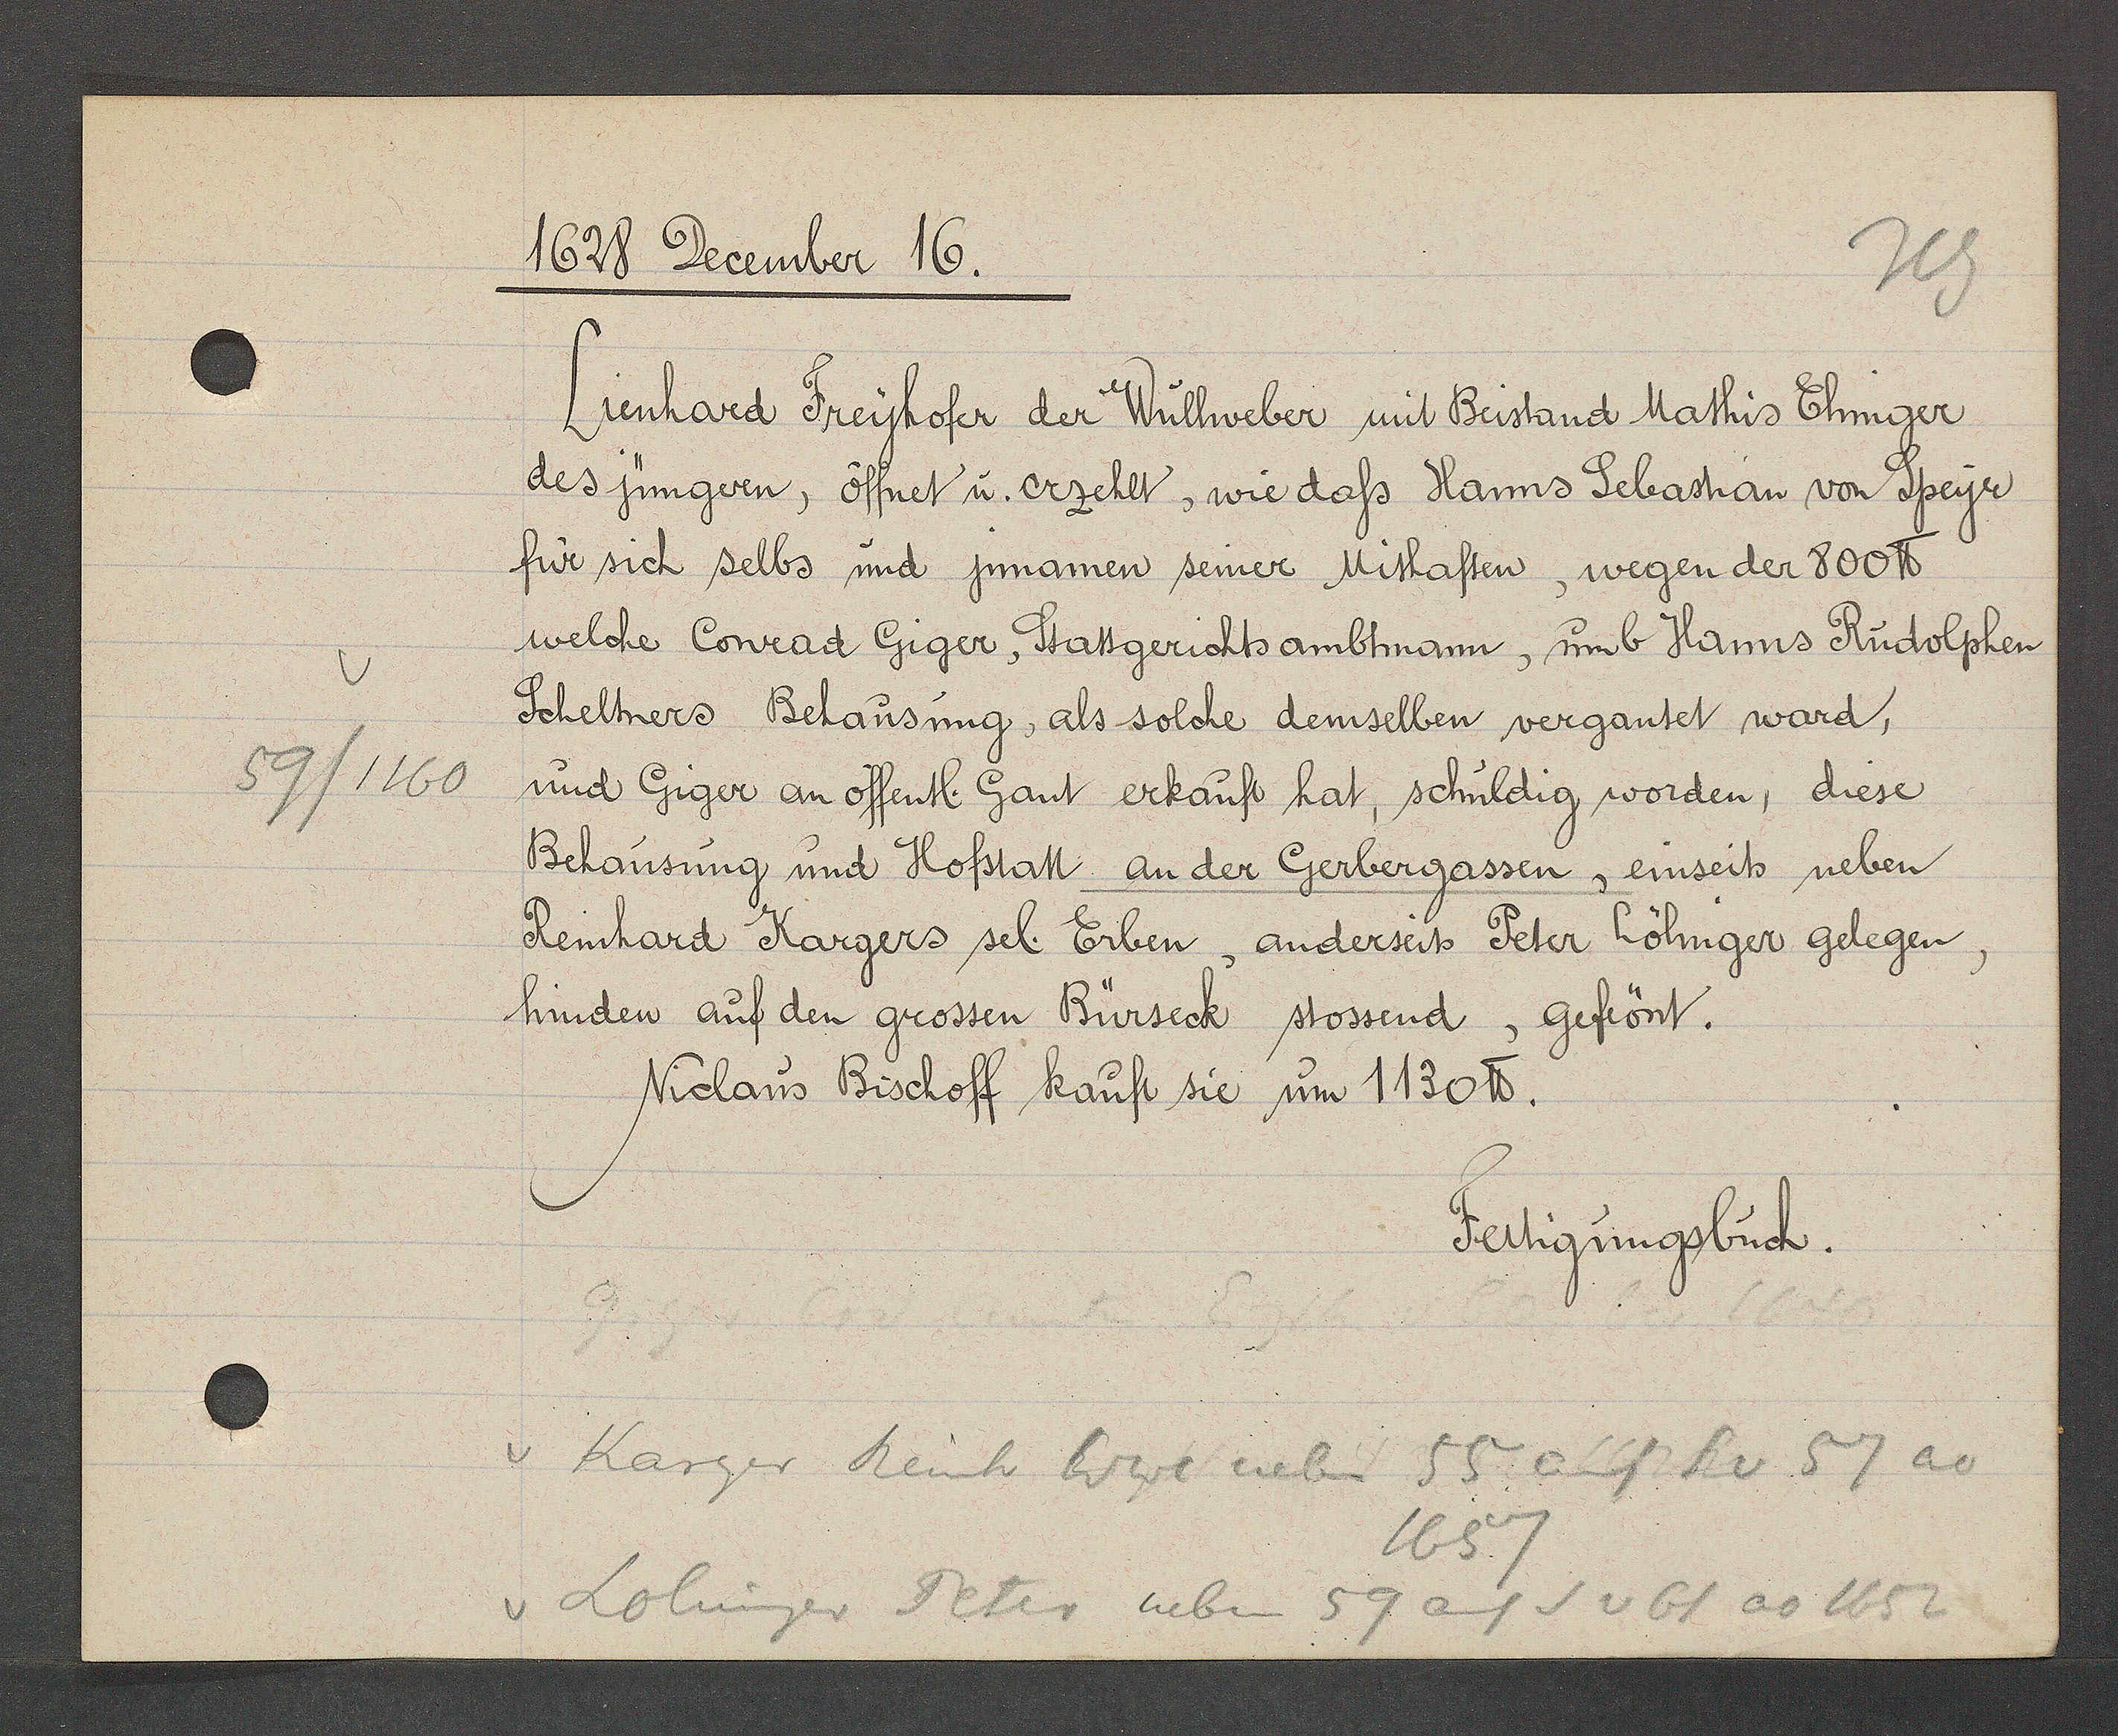
Transcript:
59/1160

1628 December 16.

Lienhard Freyhofer der Wullweber mit Beistand Mathis Ehniger
des jüngeren, öffnet u. erzehlt, wie dass Hanns Sebastian von Speyr
für sich selbs und jnnamen seiner Mishaften, wegen der 800 ℔.
welche Conrad Giger, Stattgerichts ambtmann, umb Hanns Rudolphen
Scheltners Behausung, als solche demselben vergantet ward,
und Giger an öffentl. Gant erkauft hat, schuldig worden, diese
Behausung und Hofstatt an der Gerbergassen, einseits neben
Reinhard Kargers sel. Erben, anderseits Peter Löhniger gelegen,
hinden auf den grossen Bürseck stossend, gefrönt.
Niclaus Bischoff kauft sie um 1130 ℔.

Fertigungsbuch.

Karger Reinh Wwe neben 55 auf S v 57 ao
1657
Lolinger Peter neben 59 auf S v 61 ao 1652